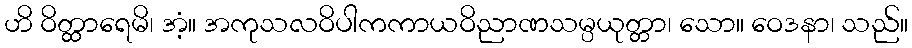
ဟိ ဝိတ္ထာရေမိ၊ အံ့။ အကုသလဝိပါကကာယဝိညာဏသမ္ပယုတ္တာ၊ သော။ ဝေဒနာ၊ သည်။